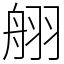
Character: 䎇